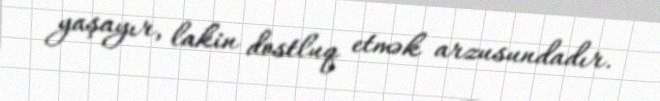
yaşayır, lakin dostluq etmək arzusundadır.